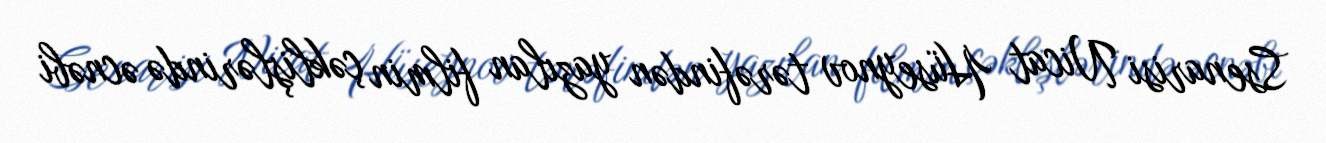
Ssenarisi Nicat Hüseynov tərəfindən yazılan filmin çəklişlərində əcnəbi